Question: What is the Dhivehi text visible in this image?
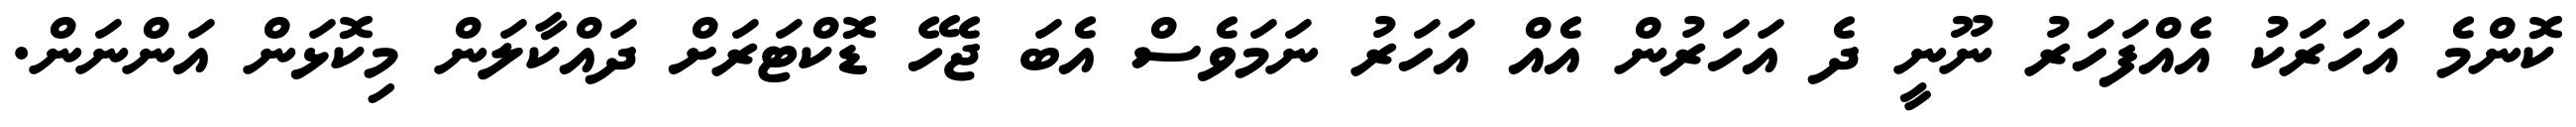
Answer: ކޮންމެ އަހަރަކު އެއްފަހަރު ނޫނީ ދެ އަހަރުން އެއް އަހަރު ނަމަވެސް އެބަ ޖެހޭ ޑޮކްޓަރަށް ދައްކާލަން މިކޮޅަން އަންނަން.